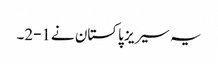
یہ سیریز پاکستان نے1-2۔